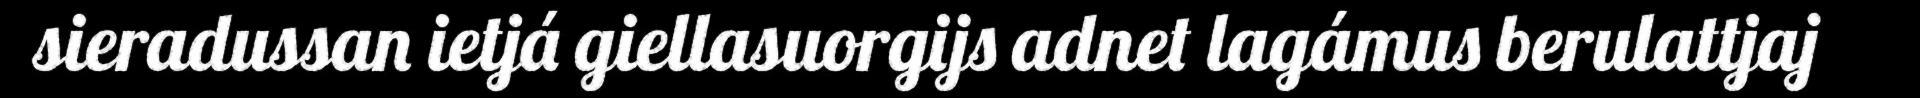
sieradussan ietjá giellasuorgijs adnet lagámus berulattjaj